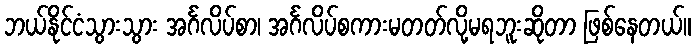
ဘယ်နိုင်ငံသွားသွား အင်္ဂလိပ်စာ၊ အင်္ဂလိပ်စကားမတတ်လို့မရဘူးဆိုတာ ဖြစ်နေတယ်။